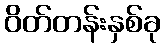
ဝိတ်တန်းနှစ်ခု